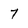
Character: 7